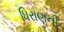
ધિરાણની